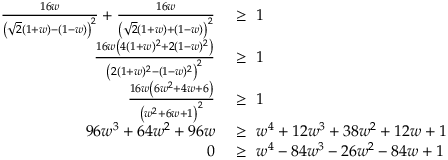
\begin{array} { r l } { \frac { 1 6 w } { \left( \sqrt { 2 } ( 1 + w ) - ( 1 - w ) \right) ^ { 2 } } + \frac { 1 6 w } { \left( \sqrt { 2 } ( 1 + w ) + ( 1 - w ) \right) ^ { 2 } } } & { ~ \ge ~ 1 } \\ { \frac { 1 6 w \left( 4 ( 1 + w ) ^ { 2 } + 2 ( 1 - w ) ^ { 2 } \right) } { \left( 2 ( 1 + w ) ^ { 2 } - ( 1 - w ) ^ { 2 } \right) ^ { 2 } } } & { ~ \ge ~ 1 } \\ { \frac { 1 6 w \left( 6 w ^ { 2 } + 4 w + 6 \right) } { \left( w ^ { 2 } + 6 w + 1 \right) ^ { 2 } } } & { ~ \ge ~ 1 } \\ { 9 6 w ^ { 3 } + 6 4 w ^ { 2 } + 9 6 w } & { ~ \ge ~ w ^ { 4 } + 1 2 w ^ { 3 } + 3 8 w ^ { 2 } + 1 2 w + 1 } \\ { 0 } & { ~ \ge ~ w ^ { 4 } - 8 4 w ^ { 3 } - 2 6 w ^ { 2 } - 8 4 w + 1 } \end{array}